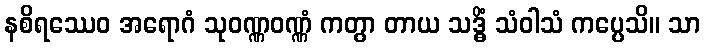
နစိရဿေဝ အရောဂံ သုဝဏ္ဏဝဏ္ဏံ ကတွာ တာယ သဒ္ဓိံ သံဝါသံ ကပ္ပေသိ။ သာ